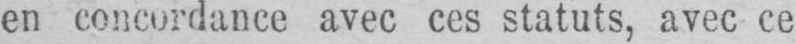
en concordance avec ces statuts, avec ce